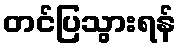
တင်ပြသွားရန်